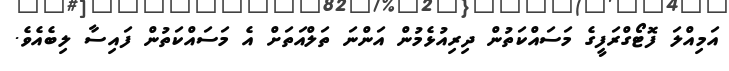
އަމިއްލަ ފޮޓޯގްރަފީގެ މަސައްކަތުން ދިރިއުޅެމުން އަންނަ ތަލްއަތަށް އެ މަސައްކަތުން ފައިސާ ލިބެއެވެ.